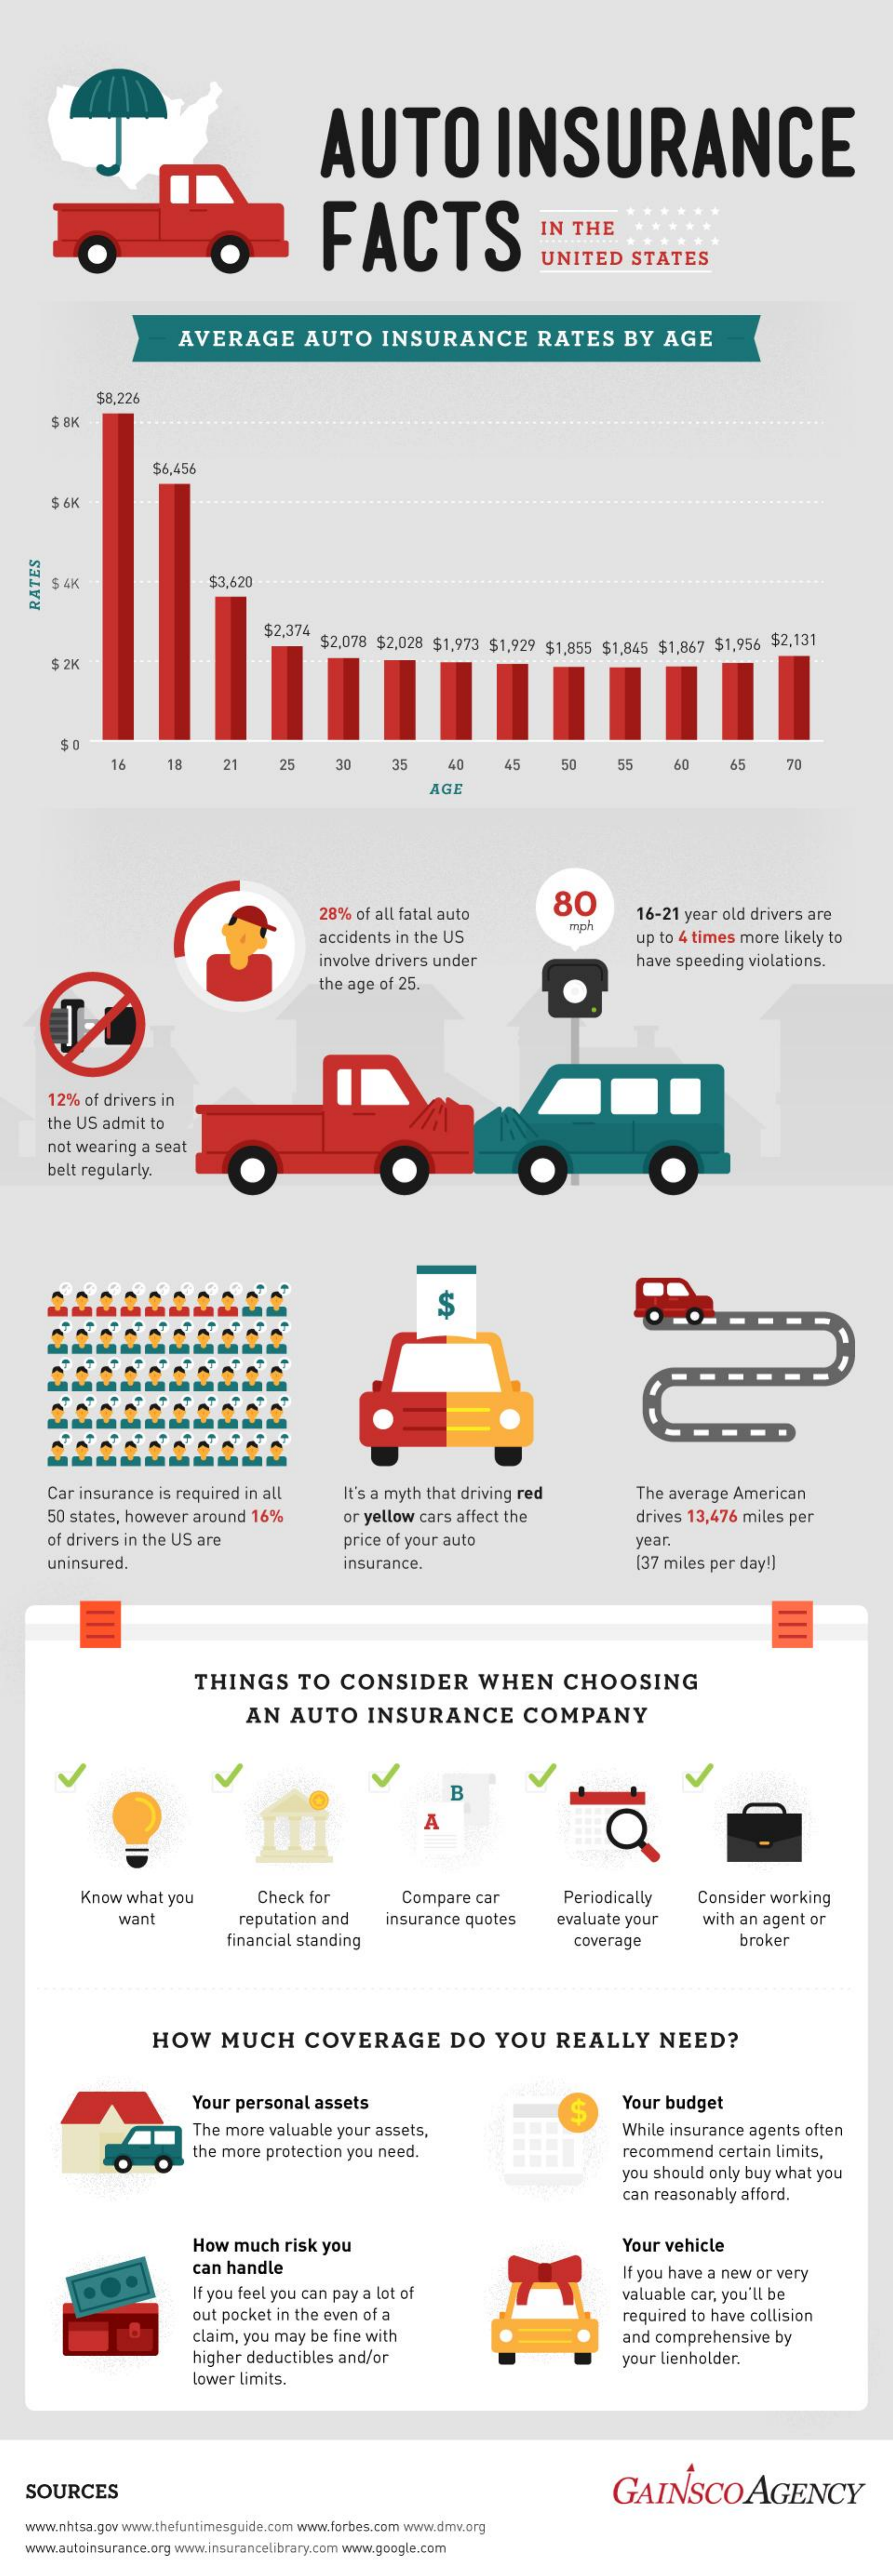
AUTO    INSURANCE
     FACTS    IN THE
     UNITED  STATES
     AVERAGE    AUTO   INSURANCE    RATES   BY AGE
     $8,226
     5 8K
     $6,456
     $ 6K
     $3,620 RATES
     $2,374 4 $2,078 $2.028 $1,973 $1,929 $1,855 $1,845 $1,867 $1,956 $2,131
     $ 2K
     16   18   21   25   30   35   40    45  50   55    6.0  65   70
     AGE
     28% of all fatal auto
     80
     16-21 year old drivers are
     accidents in the US
     mph
     up to 4 times more likely to
     involve drivers under    have speeding violations.
     the age of 25.
    12% of drivers in
    the US admit to
     not wearing a seat
     belt regularly.
     $
    Car insurance is required in all It's a myth that driving red The average American
     50 states, however around 16% or yellow cars affect the drives 13,476 miles per
     of drivers in the US are  price of your auto    year.
     uninsured.    insurance.    (37 miles per day!)
     -    -
     THINGS   TO CONSIDER    WHEN   CHOOSING
     AN  AUTO   INSURANCE    COMPANY
     B
     A
     Know what you  Check for    Compare car    Periodically Consider working
     want    reputation and insurance quotes evaluate your with an agent or
     financial standing    coverage    broker
     HOW   MUCH   COVERAGE    DO  YOU  REALLY    NEED?
     Your personal assets    S    Your budget
     The more valuable your assets,    While insurance agents often
     the more protection you need.    recommend certain limits,
     you should only buy what you
     can reasonably afford.
     How much risk you    Your vehicle
     can handle
     If you feel you can pay a lot of
     If you have a new or very
     valuable car, you'll be
     out pocket in the even of a
     claim, you may be fine with
     required to have collision
     and comprehensive by
     higher deductibles and/or    your lienholder.
     lower limits.
   SOURCES    GAINSCOAGENCY
  www.nhtsa.gov www.thefuntimesguide.com www.forbes.com www.dmw.org
   www.autoinsurance.org www.insurancelibrary.com www.google.com